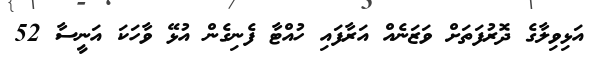
އަޅިވިލާގެ ދޮރުފަތަށް ވަޒަނެއް އަރާފައި ހުއްޓާ ފެނިގެން އުޅޭ ވާހަކަ އަނީސާ 52